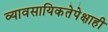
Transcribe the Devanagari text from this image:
व्यावसायिकतेपेक्षाही